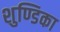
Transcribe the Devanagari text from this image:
शुण्डिका